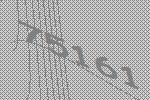
75161